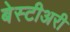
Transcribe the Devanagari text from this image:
बेस्टीअरी